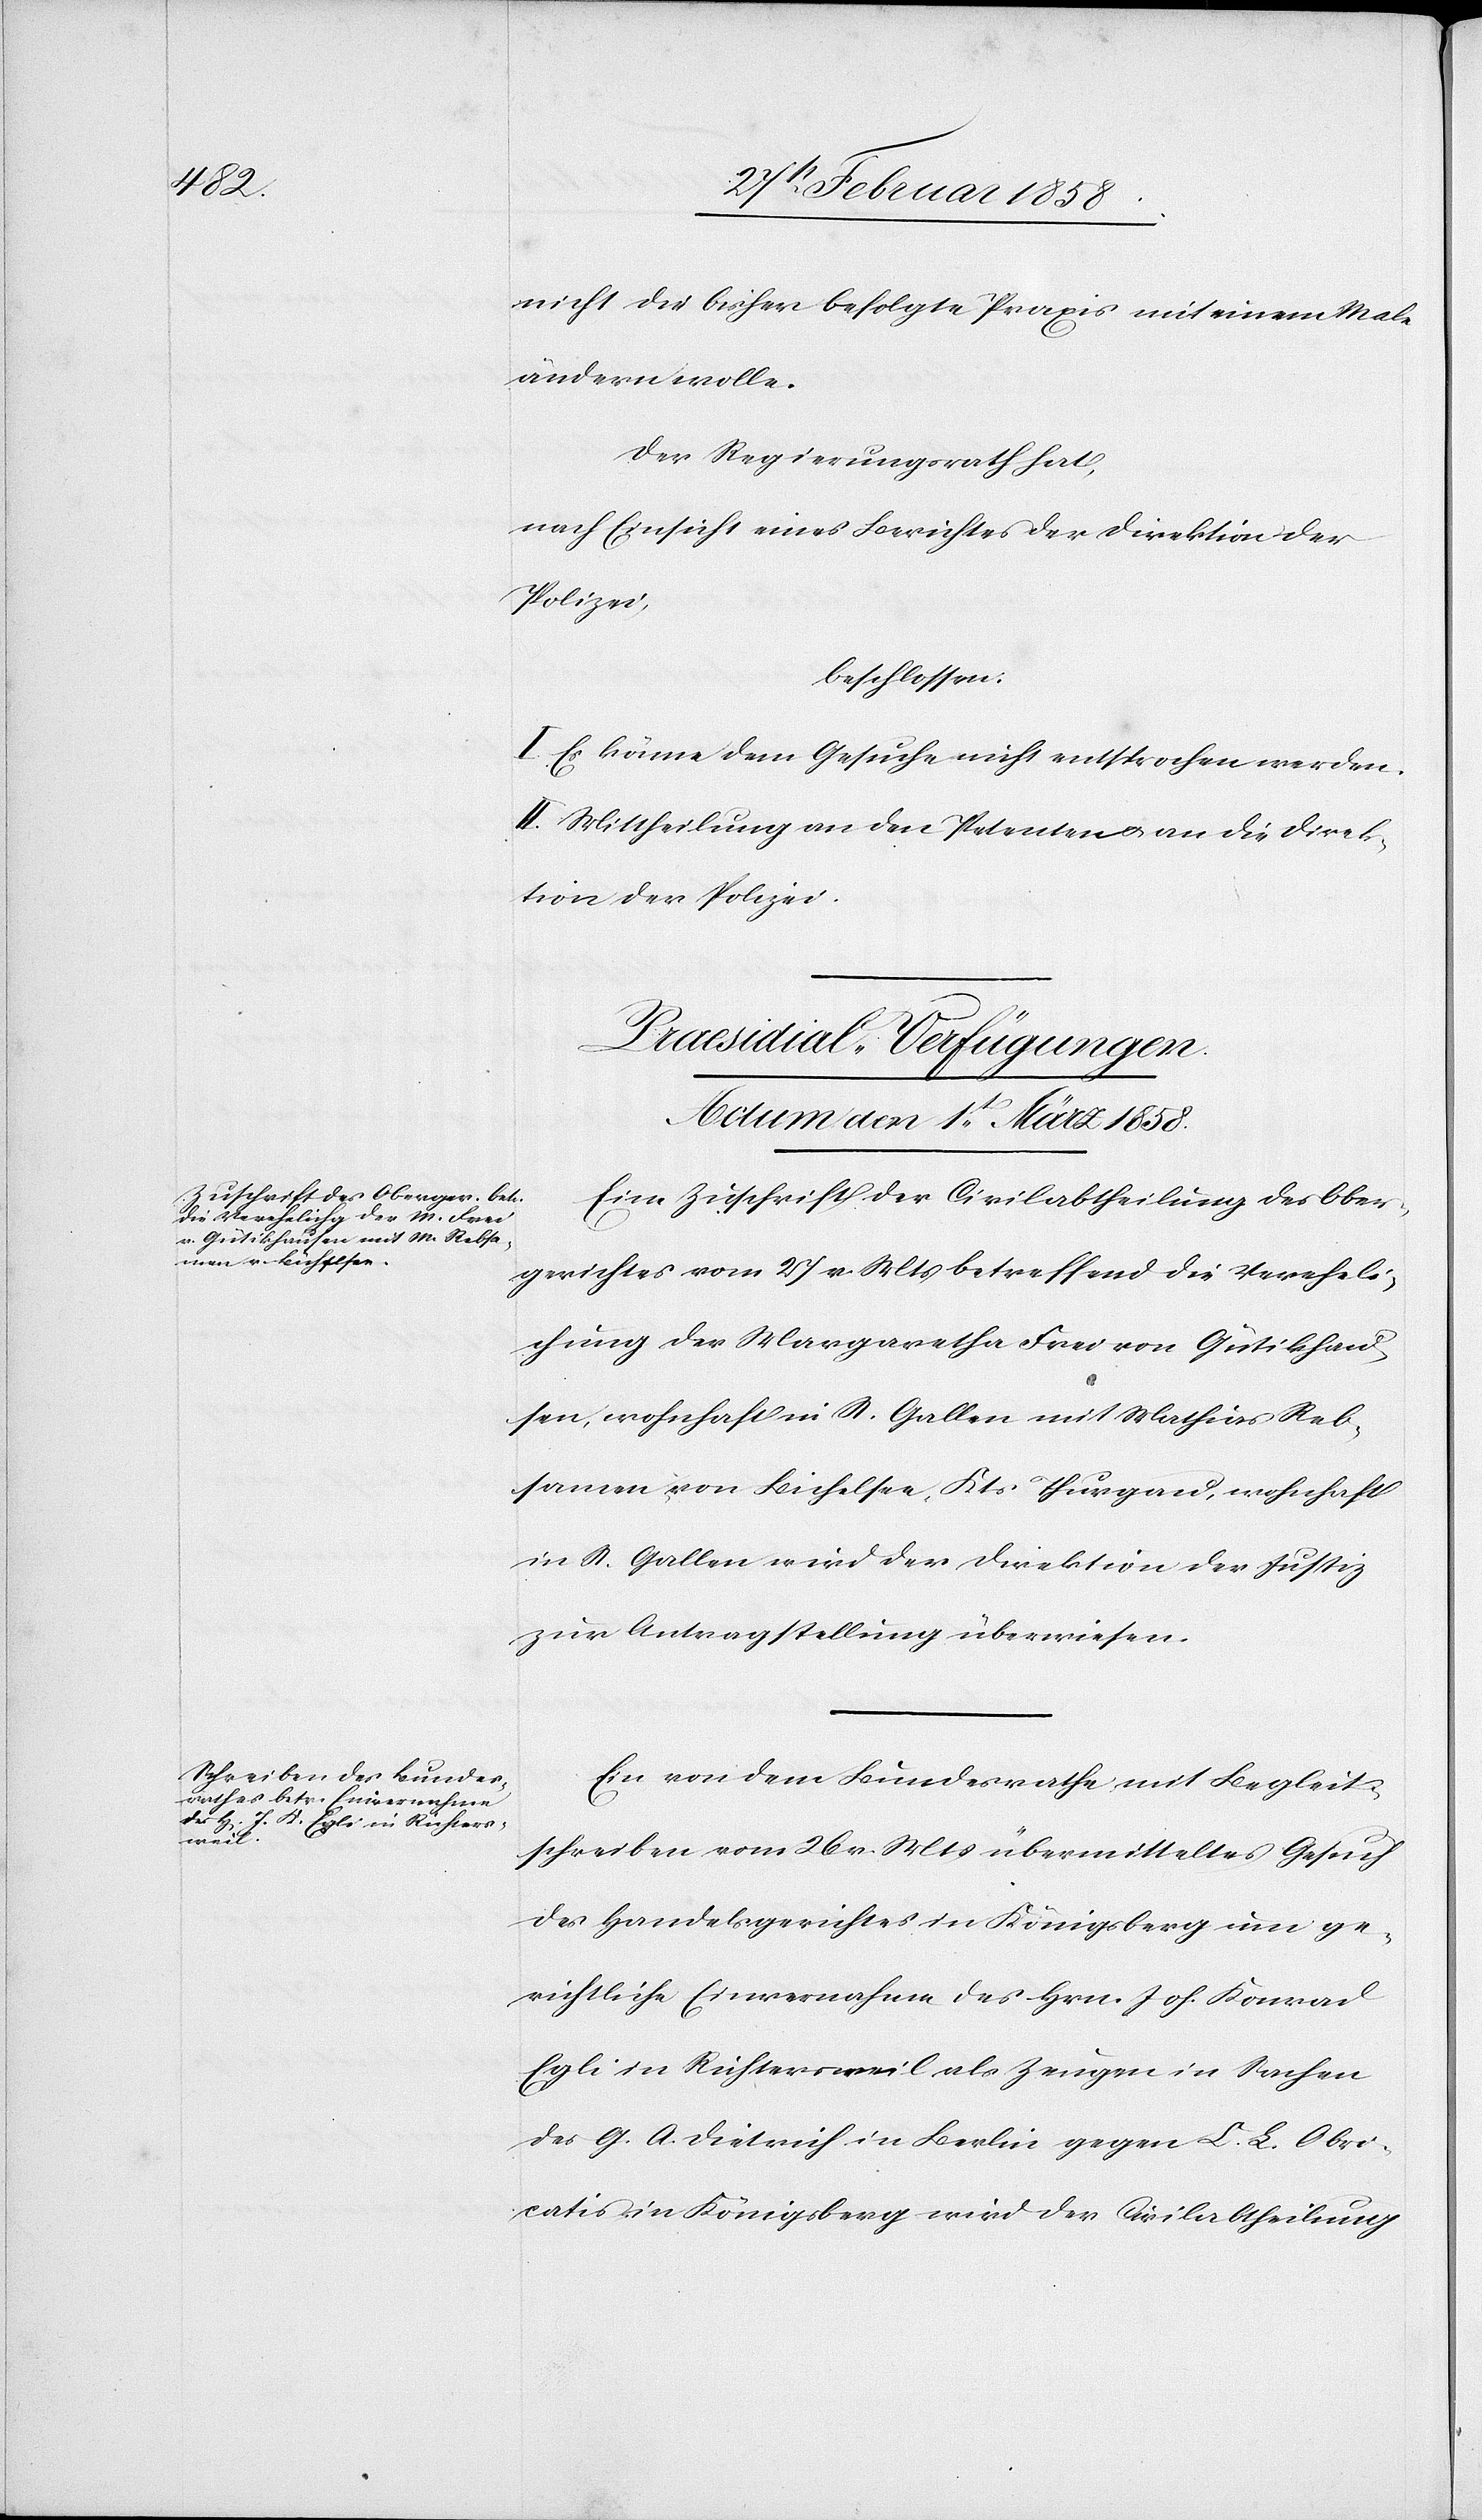
nicht die bisher befolgte Praxis mit einem Mal
ändern wolle.
Der Regierungsrath hat,
nach Einsicht eines Berichtes der Direktion der
Polizei,
beschlossen:
I. Es könne dem Gesuche nicht entsprochen werden.
II. Mittheilung an den Petenten u. an die Direk¬
tion der Polizei.
[Praesidial-Verfügungen.
Actum den 1t März 1858.]
Eine Zuschrift der Civilabtheilung des Ober¬
gerichtes vom 27 v. Mts betreffend die Vereheli¬
chung der Margaretha Frei von Gütikhau¬
sen, wohnhaft in St. Gallen mit Mathias Reb¬
samen, von Bichelsee, Kts Thurgau, wohnhaft
in St. Gallen wird der Direktion der Justiz
zur Antragstellung überwiesen.
Ein von dem Bundesrathe mit Begleit¬
schreiben vom 26 v. Mts übermitteltes Gesuch
des Handelsgerichtes in Königsberg um ge¬
richtliche Einvernahme des Hrn. Joh. Konrad
Egli in Richtersweil als Zeugen in Sachen
des G. A. Dietrich in Berlin gegen C. L. Obri¬
catis in Königsberg wird der Civilabtheilung